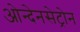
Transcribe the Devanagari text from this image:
ओन्देनसेट्रोन